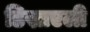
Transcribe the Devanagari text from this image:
डिस्राएली